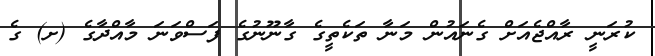
ކުރަނީ ރާއްޖެއަށް ގެނައުން މަނާ ތަކެތީގެ ގާނޫނުގެ ފަސްވަނަ މާއްދާގެ (ށ) ގެ